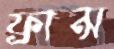
ফ্রান্স